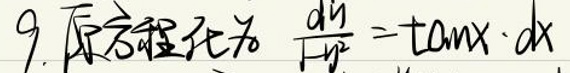
9. 原方程化为\(\frac{d y}{d x^{2}}=\tan x \cdot d x\)